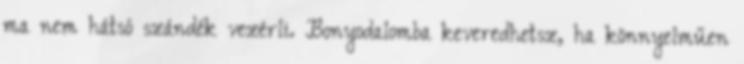
ma nem hátsó szándék vezérli. Bonyodalomba keveredhetsz, ha könnyelműen